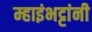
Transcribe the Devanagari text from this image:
म्हाइंभट्टांनी